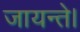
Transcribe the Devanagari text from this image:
जायन्ते।